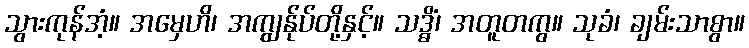
သွားကုန်အံ့။ အမှေဟိ၊ အကျွန်ုပ်တို့နှင့်။ သဒ္ဓိံ၊ အတူတကွ။ သုခံ၊ ချမ်းသာစွာ။